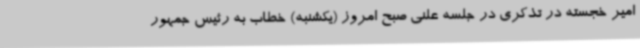
امیر خجسته در تذکری در جلسه علنی صبح امروز (یکشنبه) خطاب به رئیس جمهور